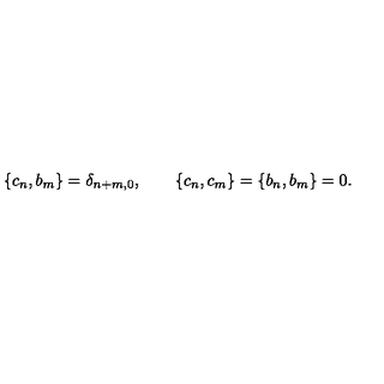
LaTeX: \left\{ c _ { n } , b _ { m } \right\} = \delta _ { n + m , 0 } , \qquad \left\{ c _ { n } , c _ { m } \right\} = \left\{ b _ { n } , b _ { m } \right\} = 0 .